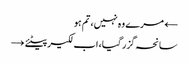
← مرے وہ نہیں، تم ہو
سانحہ گزر گیا، اب لکیر پیٹئے →